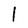
Character: 1